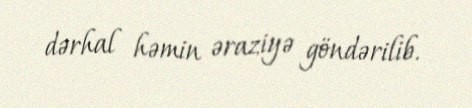
dərhal həmin əraziyə göndərilib.